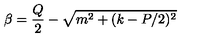
\beta = \frac { Q } { 2 } - \sqrt { m ^ { 2 } + ( k - P / 2 ) ^ { 2 } }